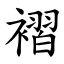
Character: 褶